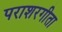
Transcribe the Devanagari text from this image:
पराशरगीता